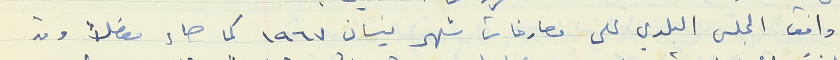
وافق المجلس البلدي على مصارفات شهر نيسان ١٩٦٧ كما حاء مفصلا وقد